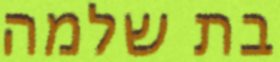
בת שלמה